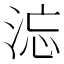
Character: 𰛹